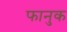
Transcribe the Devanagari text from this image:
फानुक